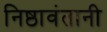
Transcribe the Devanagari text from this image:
निष्ठावंतानी